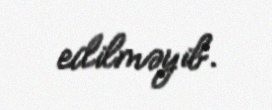
edilməyib.